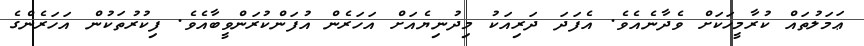
ޢަމަލުތައް ކުރާމީހަކަށް ވެދާނެއެވެ. އެފަދަ ދަރިއަކު މިދުނިޔެއަށް އަހަރެން އުފަންކުރަންވީބާއެވެ. ފިކުރުތަކުން އަހަރެންގެ